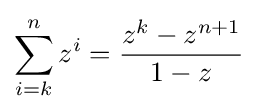
\sum _{i=k}^{n}z^{i}={\frac {z^{k}-z^{n+1}}{1-z}}